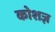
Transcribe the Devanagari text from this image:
कोशज्ञ